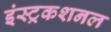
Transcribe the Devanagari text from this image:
इंस्ट्रकशनल